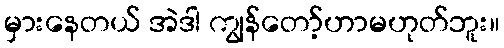
မှားနေတယ် အဲဒါ ကျွန်တော့်ဟာမဟုတ်ဘူး။